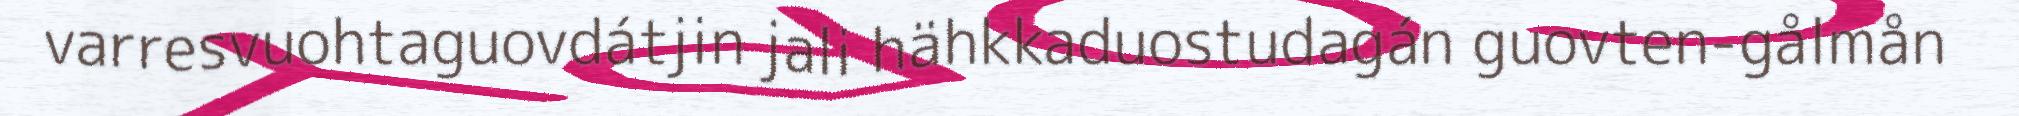
varresvuohtaguovdátjin jali hähkkaduostudagán guovten-gålmån